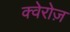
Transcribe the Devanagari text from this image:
क्वेरोज़